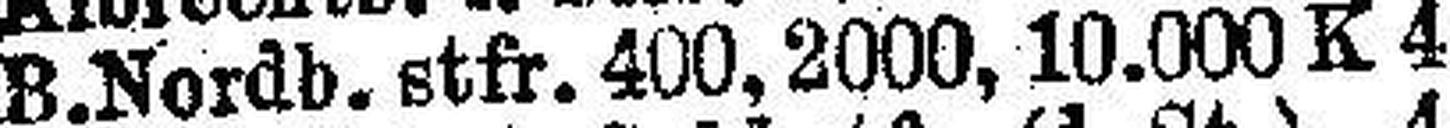
B.Nordb. stfr. 400, 2000, 10.000 K 4